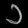
Digit: ၁